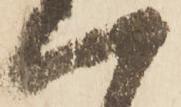
一